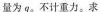
量为q。不计重力。求(